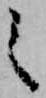
之